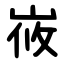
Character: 峳